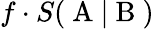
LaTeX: f\cdot S(\mathrm{~A~}|\mathrm{~B~})